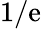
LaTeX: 1/\mathrm{e}